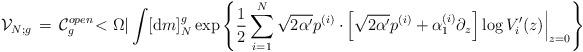
LaTeX: \begin{align*}{\cal V}_{N;g}\, =\, {\cal C}_{g}^{open}\! < \Omega| \int [ {\mbox d} m]^{g}_{N}\exp \left\{\frac{1}{2} \sum_{i=1}^{N} \sqrt{2 \alpha'} p^{(i)} \cdot\left.\! \left[ \sqrt{2 \alpha'} p^{(i)} + {\alpha}_{1}^{(i)} \partial_{z} \right] \log V'_{i}(z)\right|_{z=0} \right\}\end{align*}